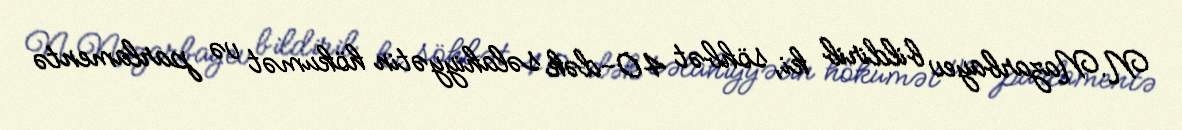
N.Nazarbayev bildirib ki, söhbət 40-dək səlahiyyətin hökumət və parlamentə